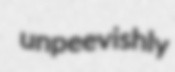
unpeevishly